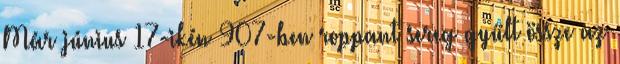
Már június 17-ikén 907-ben roppant sereg gyűlt össze az